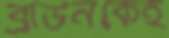
ব্রাউনকেই